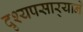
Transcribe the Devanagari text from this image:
दृश्यपसार्‍याने